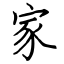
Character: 家